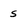
Character: s